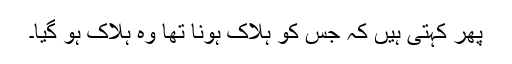
پھر کہتی ہیں کہ جس کو ہلاک ہونا تھا وہ ہلاک ہو گیا۔